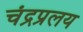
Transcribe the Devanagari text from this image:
चंद्रप्रलय